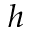
h